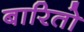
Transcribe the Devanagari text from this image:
बारितो